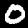
Digit: 0